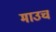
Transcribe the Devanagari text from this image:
माउच